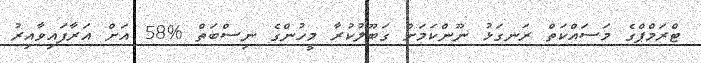
ޓްރަމްޕްގެ މަސައްކަތް ރަނގަޅު ނޫންކަމަށް ގަބޫލުކުރާ މީހުންގެ ނިސްބަތް %58 އަށް އަރާފައިވާއިރު